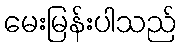
မေးမြန်းပါသည်